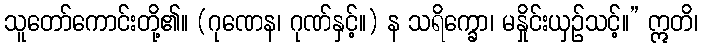
သူတော်ကောင်းတို့၏။ (ဂုဏေန၊ ဂုဏ်နှင့်။) န သရိက္ခော၊ မနှိုင်းယှဉ်သင့်။” ဣတိ၊